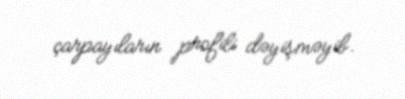
çarpayıların profili dəyişməyib.